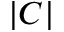
| C |